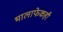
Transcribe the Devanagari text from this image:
भालाफेकही